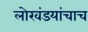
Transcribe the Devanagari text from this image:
लोखंडयांचाच